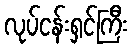
လုပ်ငန်းရှင်ကြီး